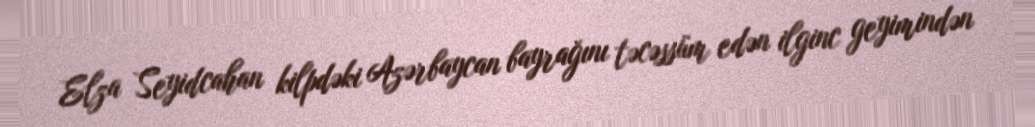
Elza Seyidcahan kilpdəki Azərbaycan bayrağını təcəssüm edən ilginc geyimindən